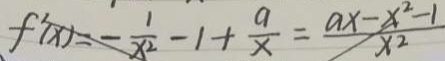
f ^ { \prime } ( x ) = - \frac { 1 } { x ^ { 2 } } - 1 + \frac { a } { x } = \frac { a x - x ^ { 2 } - 1 } { x ^ { 2 } }